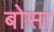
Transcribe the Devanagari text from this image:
बोसा